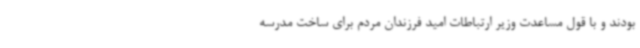
بودند و با قول مساعدت وزیر ارتباطات امید فرزندان مردم برای ساخت مدرسه